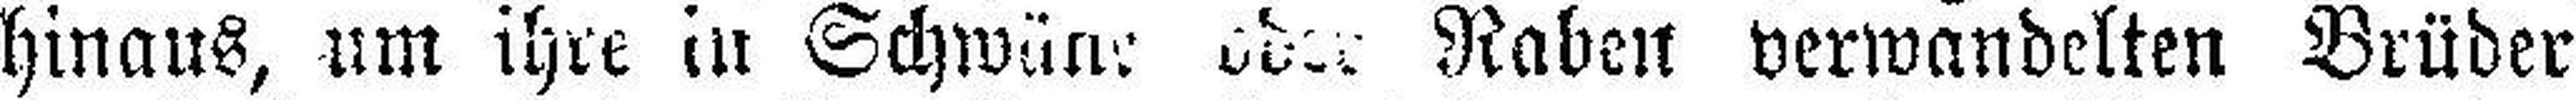
hinaus, lim ihre in Schwäne oder Raben verwandelten Brüder